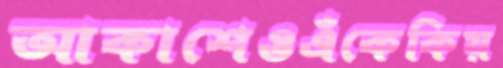
আকাশেওএঁকেকিয়